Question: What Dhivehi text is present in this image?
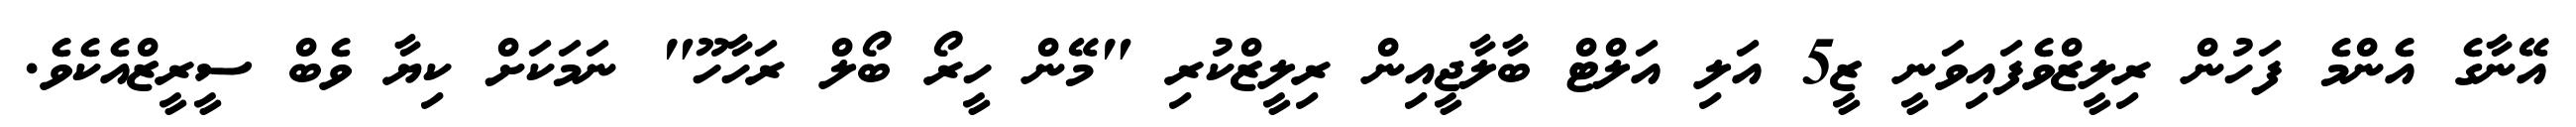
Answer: އޭނާގެ އެންމެ ފަހުން ރިލީޒްވެފައިވަނީ ޒީ5 އަލި އަލްޓް ބާލާޖީއިން ރިލީޒްކުރި "މޭން ހީރޯ ބޯލް ރަހާހޫ" ނަމަކަށް ކިޔާ ވެބް ސީރީޒްއެކެވެ.